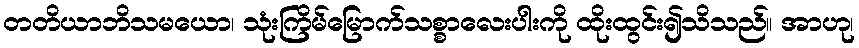
တတိယာဘိသမယော၊ သုံးကြိမ်မြောက်သစ္စာလေးပါးကို ထိုးထွင်း၍သိသည်။ အာဟု၊